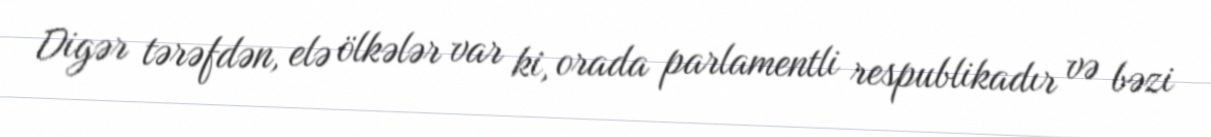
Digər tərəfdən, elə ölkələr var ki, orada parlamentli respublikadır və bəzi